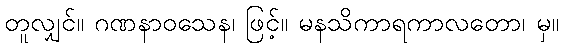
တူလျှင်။ ဂဏနာဝသေန၊ ဖြင့်။ မနသိကာရကာလတော၊ မှ။